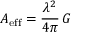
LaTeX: A _ { \mathrm { e f f } } = { \frac { \lambda ^ { 2 } } { 4 \pi } } \, G